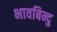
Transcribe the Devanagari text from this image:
भावबिन्दु